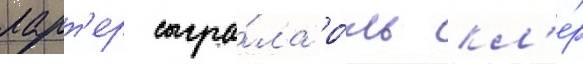
ларт'ер сыгра́ла ро́ль кл'е́р